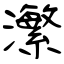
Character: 瀿